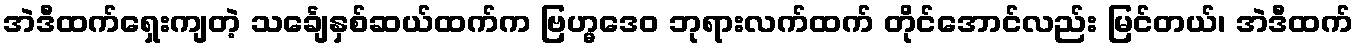
အဲဒီထက်ရှေးကျတဲ့ သင်္ချေနှစ်ဆယ်ထက်က ဗြဟ္မဒေဝ ဘုရားလက်ထက် တိုင်အောင်လည်း မြင်တယ်၊ အဲဒီထက်